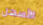
الأسهل